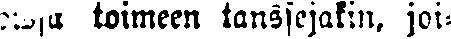
oissa toimeen tanssejakin, joi-